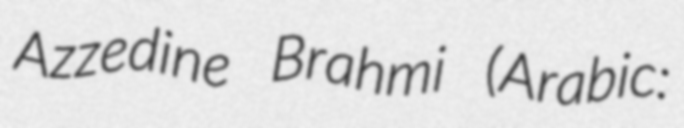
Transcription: Azzedine Brahmi (Arabic: